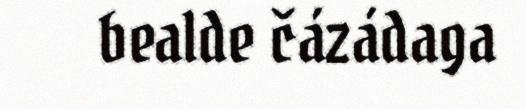
bealde čázádaga